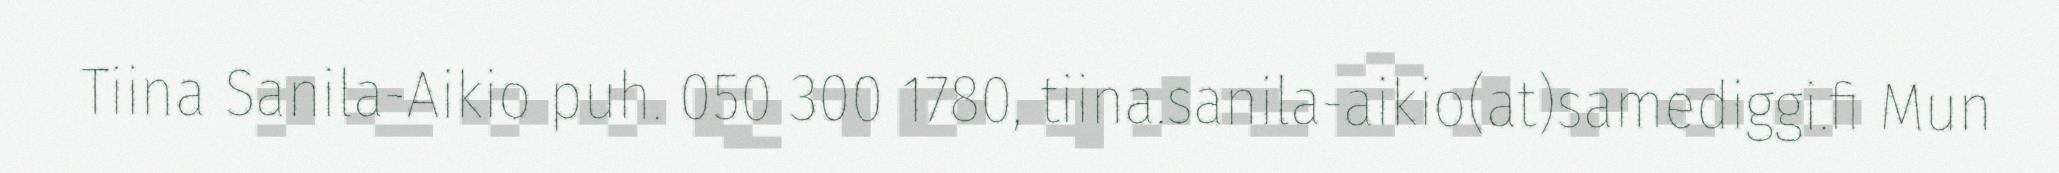
Tiina Sanila-Aikio puh. 050 300 1780, tiina.sanila-aikio(at)samediggi.fi Mun